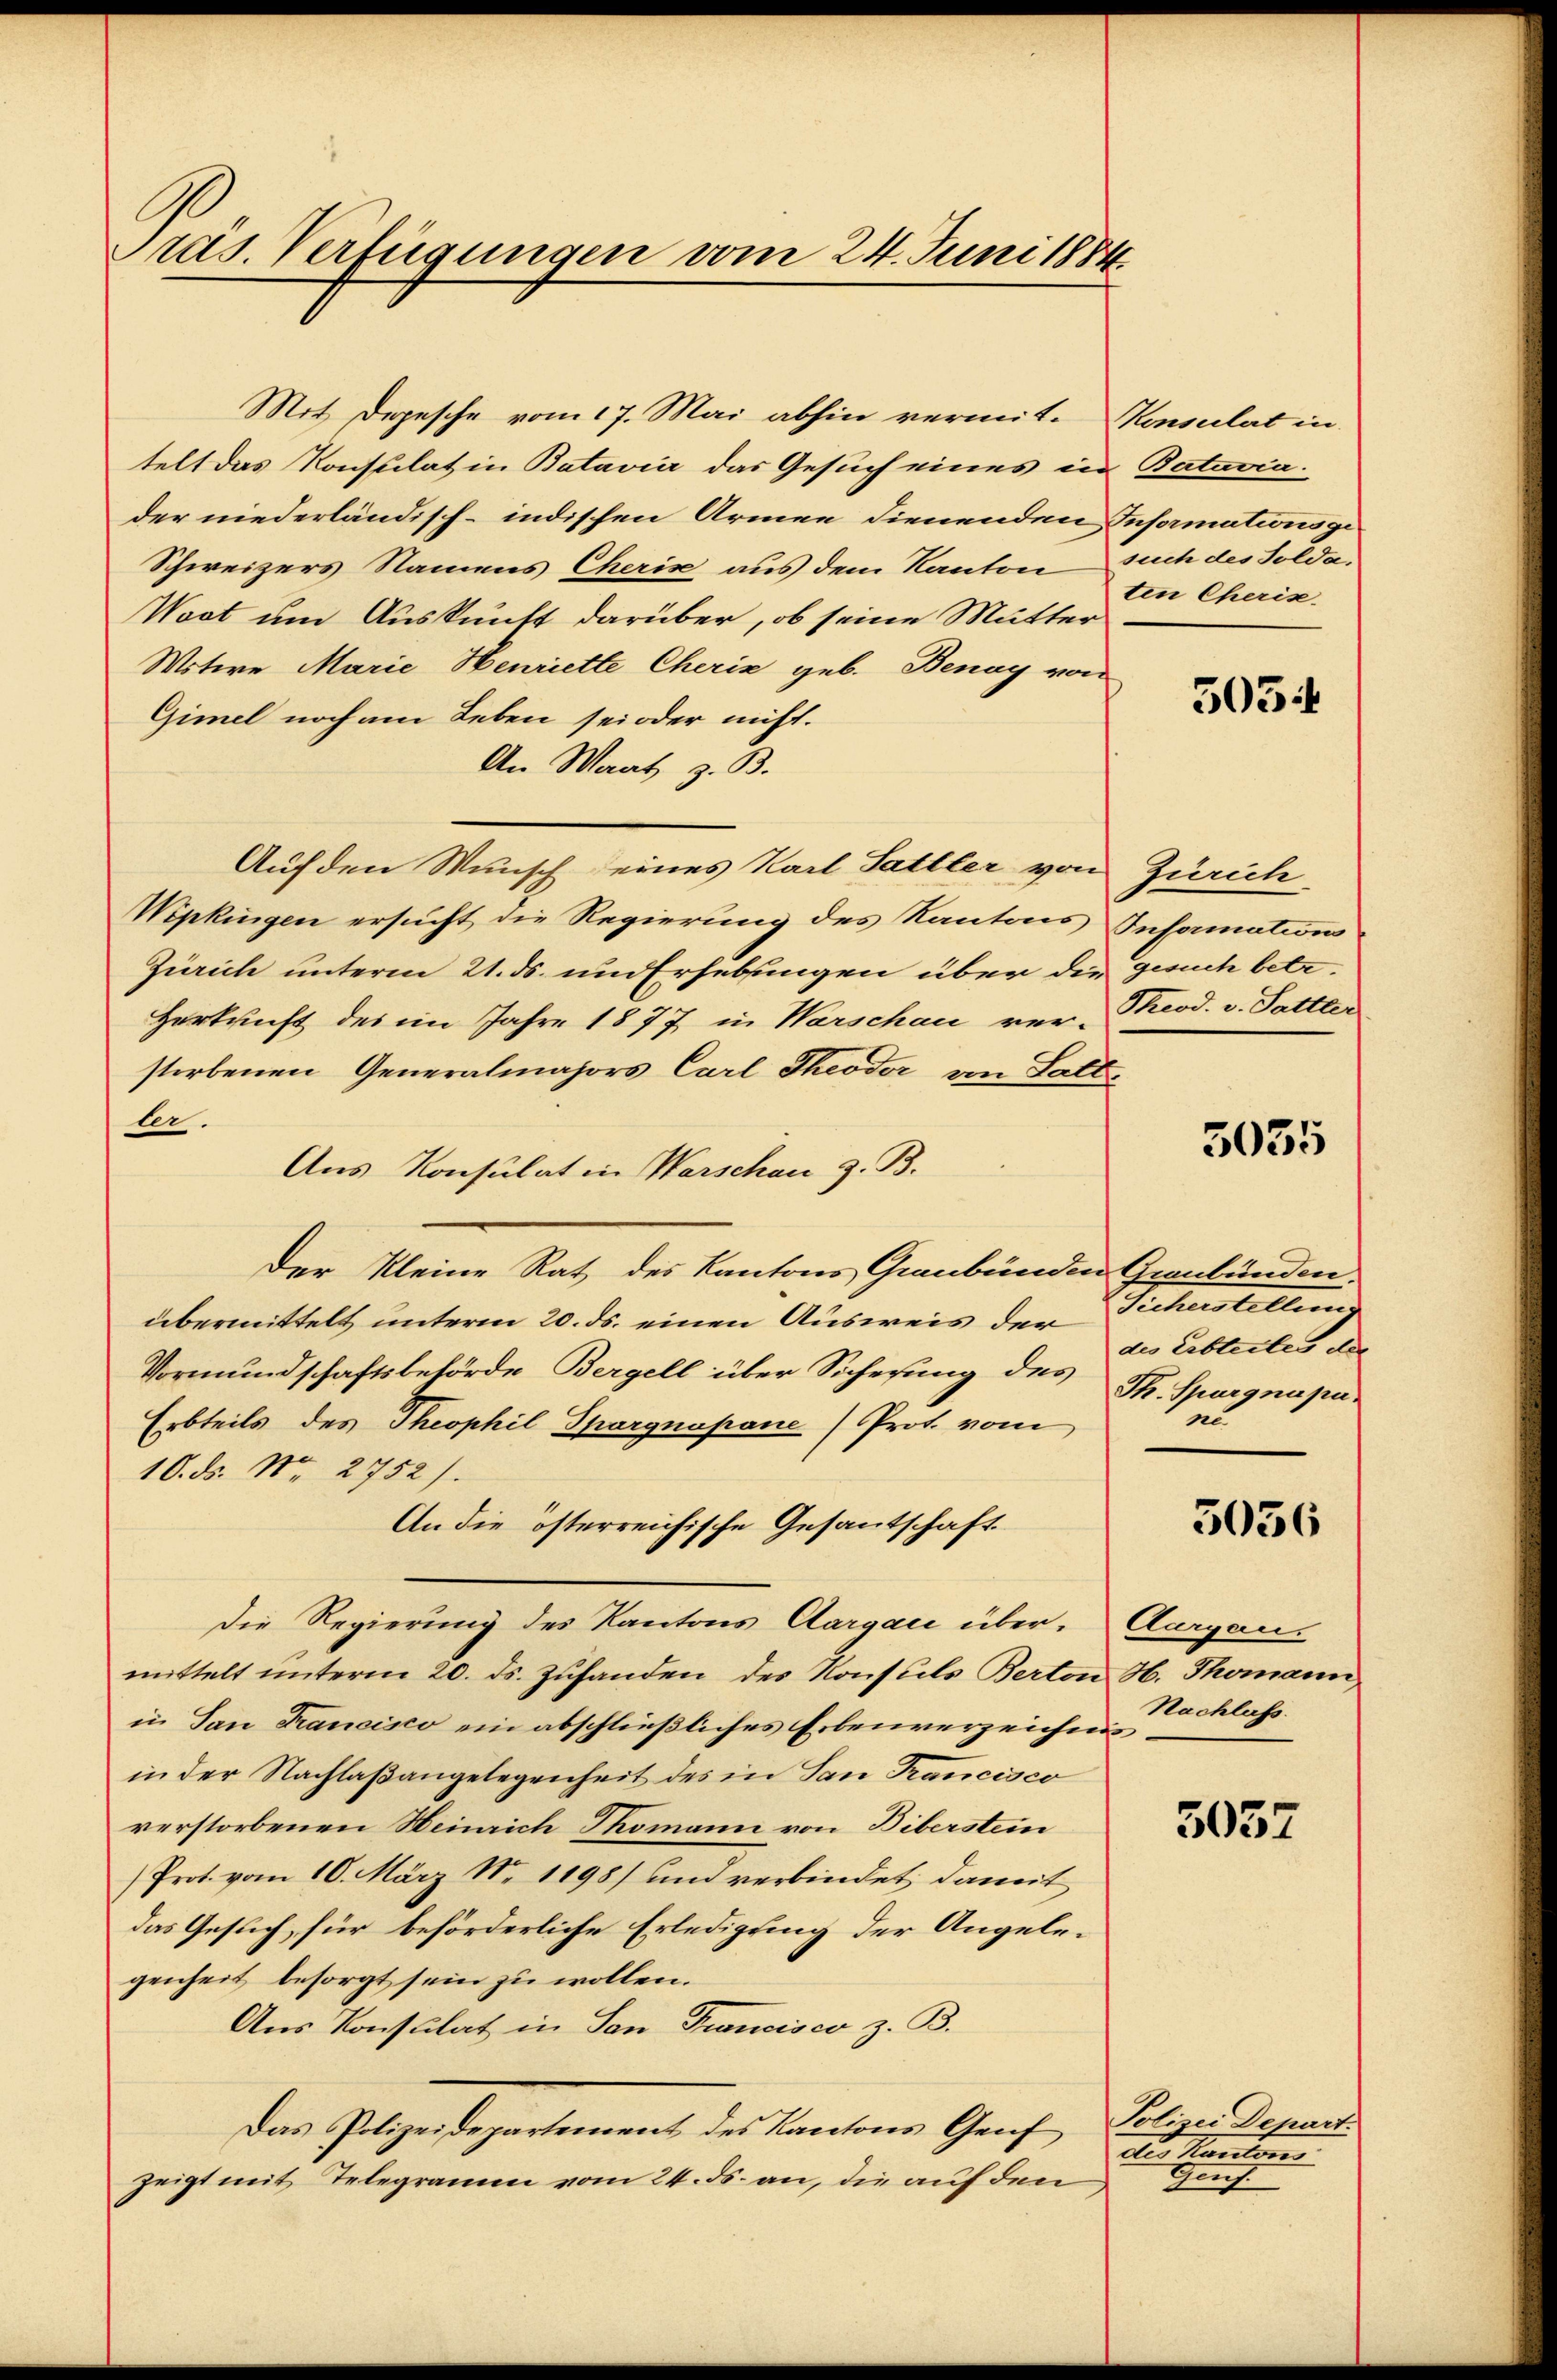
präs. Verfügungen vom 24. Juni 1884.

Mit Depesche vom 17. Mai abhin vermit. Konsulat in
telt das Konsulat in Batavier das Gesuch eines in
der niederländisch-indischen Armen dienenden Informationsge¬
Schweizers Namens Cheris aus dem Kanton such des Solda¬
Wort um Auskunft darüber, ob seine Mutter
Mitere Marie Henriette Cheris geb. Benay von
Gimel noch am Leben sei oder nicht.
An Waat z. B.
Auf den Wunsch eines Karl Sattler von
Wipkingen ersucht die Regierung des Kantons Informations
Zürich unterm 21. ds. um Erhebungen über die gesuch betr.
Herkunft des im Jahre 1877 in Warschau ver-
storbenen Generalmajors Carl Theodor von Latte
ler.
Aus Konsulat in Warschau z. B.
Der Kleine Rat des Kantons Graubünden Graubünden.
übermittelt unterm 20. ds. einen Ausweis der
Vormundschaftsbehörde Bergell über Sicherung des Th. Spargnapa.
Erbteils des Theophil Thorgnapane (Prot. vom
10. ds. Nr. 2752).
An die österreichische Gesantschaft.
Die Regierung des Kantons Aargau über. Aargau.
mittelt ŭnterm 20. ds. Zŭfanden des Konsuls Berton H. Thomann,
in San Francisco ein abschließliches Erbenverzeichnis
in der Nachlaßangelegenheit des in San Francisco
verstorbenen Heinrich Thomann von Biberstein
Prot. vom 10. März Nr. 1198) und verbindet, damit
das Gesuch, für beförderliche Erledigung der Angelegenheit besorgt sein zu wollen.
Aus Konsulat in San Francisco z. B.
Das Polizeidepartement des Kantons Genf
zeigt mit Telegramm vom 24. ds. an, die auf den

Batavia.
ten Cheris

505.

Zürich
Theod. v. Sattler

5035

Sicherstellung
des Erbleiten des
in

5056

Nachlass.

5052

Polizei Depart.
des Kantons
Grif